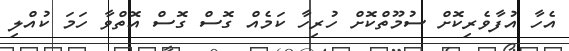
އެހާ އުފާވެރިކޮށް ސުމޫތްކޮށް ހުރިހާ ކަމެއް ގޮސް ގޮސް އޮތްވާ ހަމަ ކުއްލި